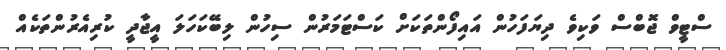
ސްޓީވް ޖޮބްސް ވަކިވެ ދިޔަފަހުން އައިފޯންތަކަށް ކަސްޓަމަރުން ސިހުން ލިބޭކަހަލަ އީޖާދީ ކުރިއެރުންތަކެއް